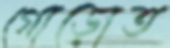
গোড়োত